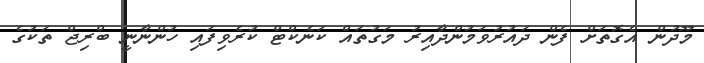
މޫދުން އެގޮތަށް ފެން ދައުރުވަމުންދާއިރު މަގުތައް ކަނެކްޓް ކުރެވިފައި ހުންނާނީ ބްރިޖް ތަކުގެ